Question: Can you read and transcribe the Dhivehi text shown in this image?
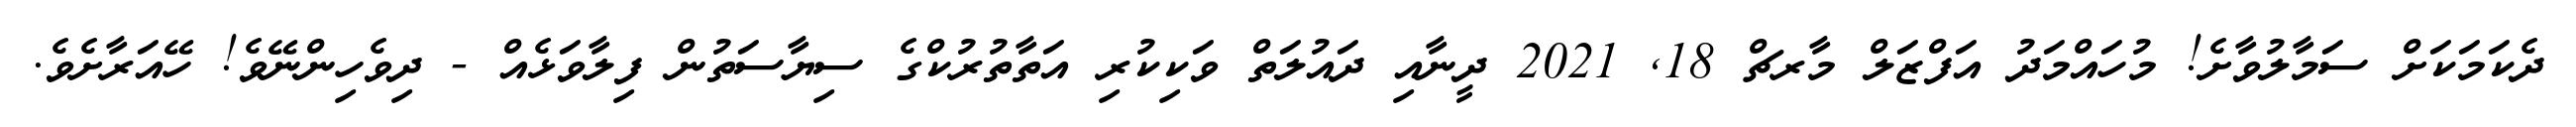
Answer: ދެކަމަކަށް ސަމާލުވާށެ! މުހައްމަދު އަފްޒަލް މާރޗް 18, 2021 ދީނާއި ދައުލަތް ވަކިކުރި އަތާތުރުކްގެ ސިޔާސަތުން ފިލާވަޅެއް - ދިވެހިންނޭވެ! ހޭއަރާށެވެ.